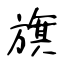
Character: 旗